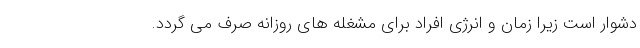
دشوار است زیرا زمان و انرژی افراد برای مشغله های روزانه صرف می گردد.